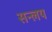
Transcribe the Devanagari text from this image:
सन्लय